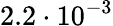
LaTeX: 2.2\cdot 10^{-3}